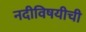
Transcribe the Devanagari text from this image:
नदीविषयीची